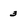
Character: 3